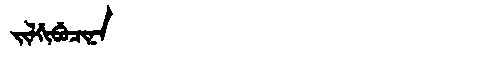
Manchu: ᠵᡳᠯᡤᡳᠪᡠᠴᡳᠨᠠ
Romanization: JILGIBUCINA